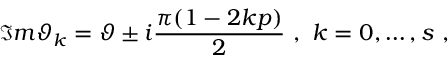
\Im m \vartheta _ { k } = \vartheta \pm i \frac { \pi ( 1 - 2 k p ) } { 2 } \, \, , \, \, k = 0 , \ldots , s \, \, ,